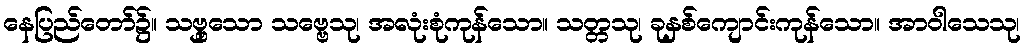
နေပြည်တော်၌။ သဗ္ဗှသော သဗ္ဗေသု၊ အလုံးစုံကုန်သော။ သတ္တသု၊ ခုနှစ်ကျောင်းကုန်သော။ အာဝါသေသု၊